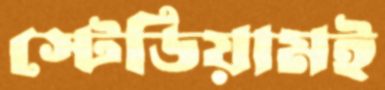
স্টেডিয়ামই